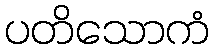
ပတိသောကံ